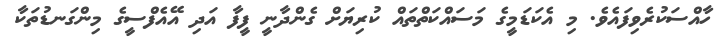
ހާއްސަކުރެވިފައެވެ. މި އެކަޑަމީގެ މަސައްކަތްތައް ކުރިޔަށް ގެންދާނީ ފީފާ އަދި އޭއެފްސީގެ މިންގަނޑުތަކާ